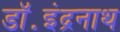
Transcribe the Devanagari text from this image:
डॉ॰इंद्रनाथ